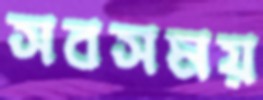
সবসময়